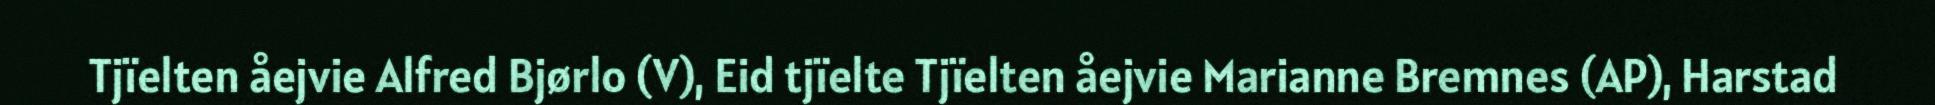
Tjïelten åejvie Alfred Bjørlo (V), Eid tjïelte Tjïelten åejvie Marianne Bremnes (AP), Harstad